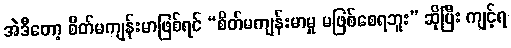
အဲဒီတော့ စိတ်မကျန်းမာဖြစ်ရင် “စိတ်မကျန်းမာမှု မဖြစ်စေရဘူး” ဆိုပြီး ကျင့်ရ